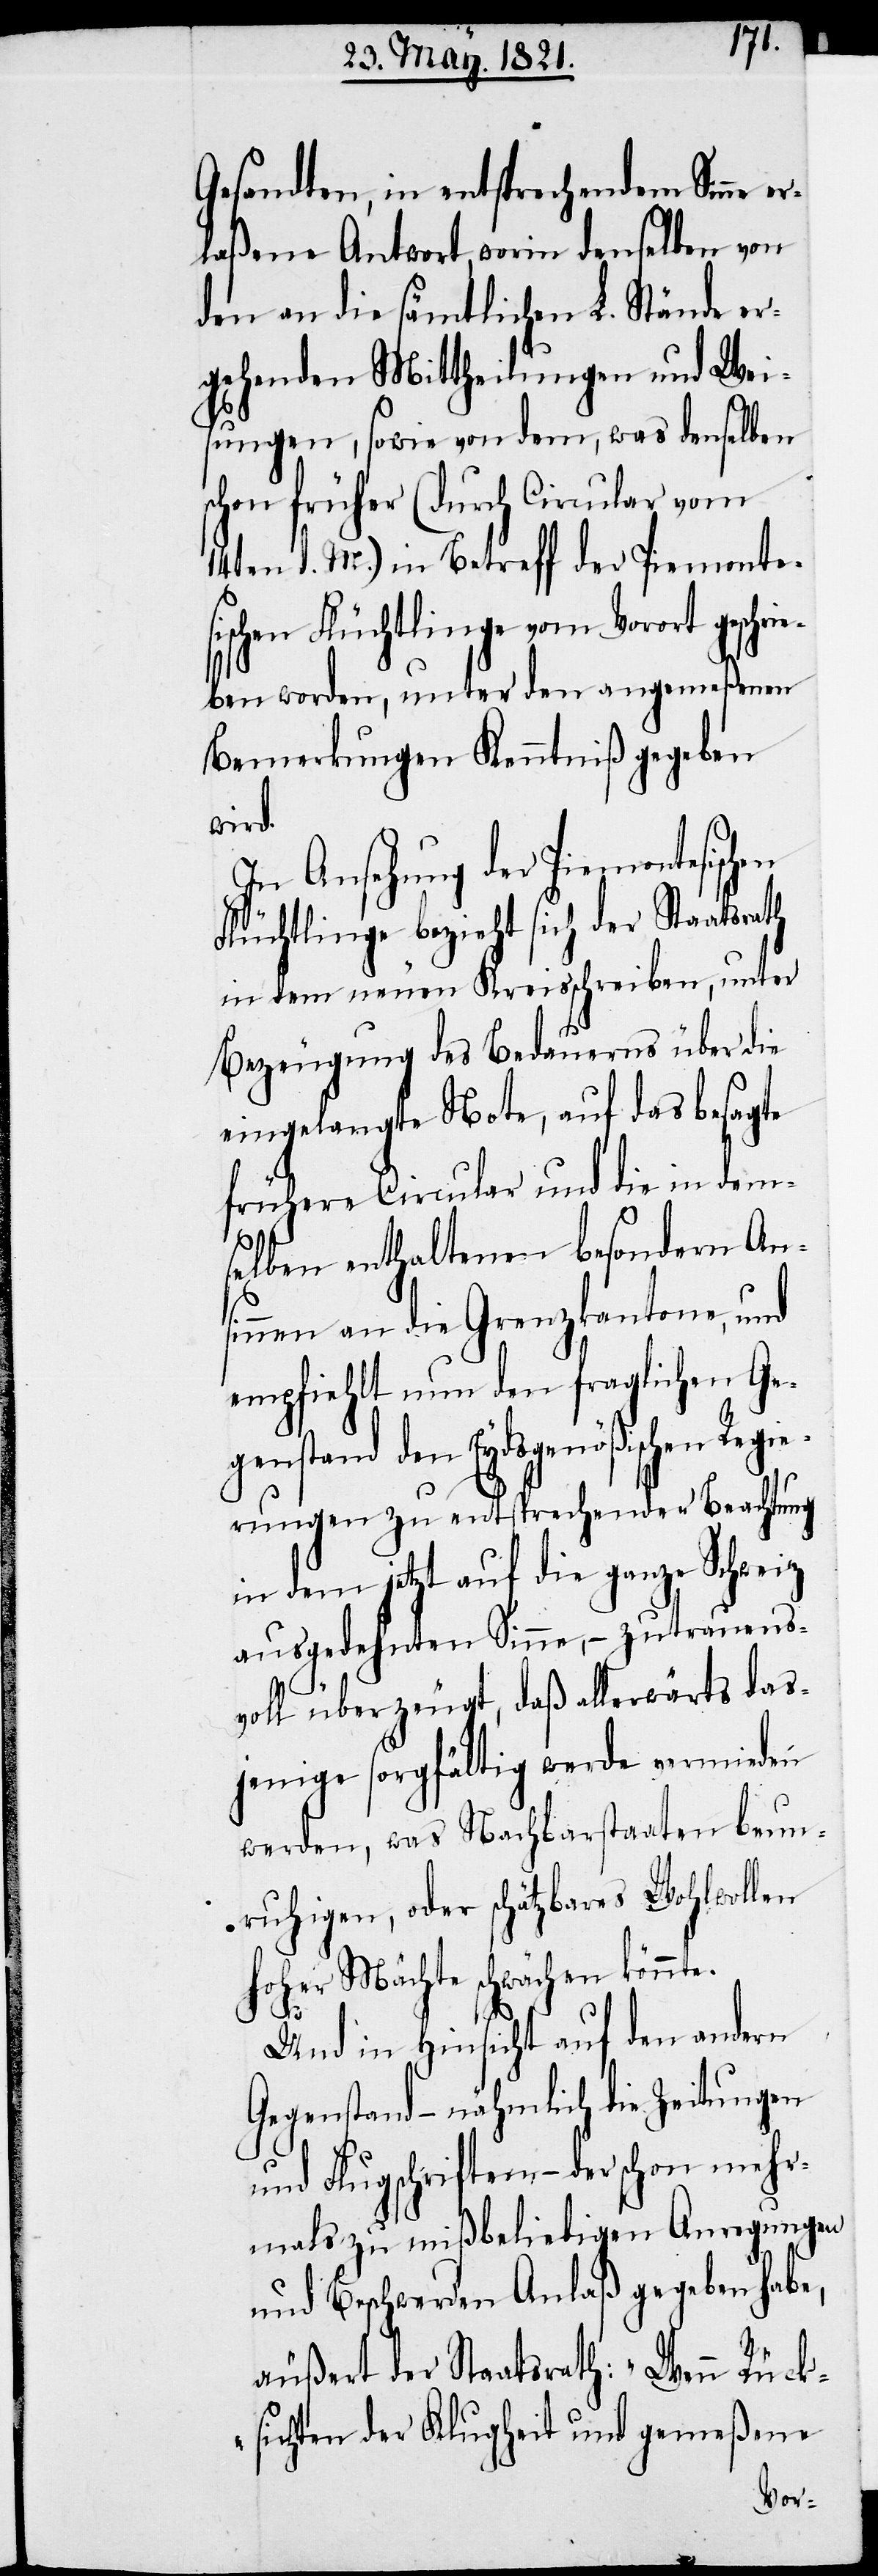
Gesandten, in entsprechendem Sinne er¬
laßenen Antwort, worin denselben von
den an die sämtlichen L. Stände er¬
gehenden Mittheilungen und Wei¬
sungen, sowie von dem, was denselben
schon früher (durch Circular vom
14ten d. M.) in Betreff der Piemontes¬
ischen Flüchtlinge vom Vorort gesch¬
eben worden, unter den angemeßenen
Bemerkungen Kenntniß gegeben
wird.
In Ansehung der
Flüchtlinge bezieht sich der Staatsrath
in dem neuen Kreisschreiben, unter
Bezeugung des Bedauerns über die
eingelangte Note, auf das besagte
frühere Circular und die in dem¬
selben enthaltenen besondern An¬
sinnen an die Grenzkantone, und
empfiehlt nun den fraglichen Geg¬
enstand den Eydsgenößischen Regi¬
erungen zu entsprechender Beachtung
in dem jetzt auf die ganze Schweiz
ausgedehnten Sinne, – zutrauens¬
voll überzeugt, daß allerwärts das¬
jenige sorgfältig werde vermieden
werden, was Nachbarstaaten beun¬
ruhigen, oder schätzbares Wohlwollen
hoher Mächte schwächen könnte.
ri¬
Und in Hinsicht auf den andern
Gegenstand – nähmlich die Zeitungen
und Flugschriften – der schon mehr¬
mals zu mißbeliebigen Anregungen
und Beschwerden Anlaß gegeben habe,
äußert der Staatsrath: „Wenn Rück¬
sichten der Klugheit und gemeßene